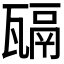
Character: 𤮄